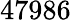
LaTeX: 47986